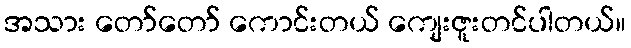
အသား တော်တော် ကောင်းတယ် ကျေးဇူးတင်ပါတယ်။